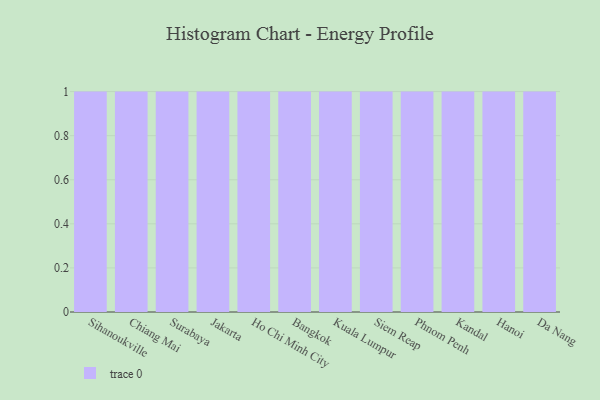
{"axis": {"x": "City", "y": "Customer Acquisition Cost (USD)"}, "legend": [""], "data": [{"x": "Sihanoukville", "y": 66, "type": ""}, {"x": "Chiang Mai", "y": 59, "type": ""}, {"x": "Surabaya", "y": 14, "type": ""}, {"x": "Jakarta", "y": 36, "type": ""}, {"x": "Ho Chi Minh City", "y": 89, "type": ""}, {"x": "Bangkok", "y": 3, "type": ""}, {"x": "Kuala Lumpur", "y": 55, "type": ""}, {"x": "Siem Reap", "y": 75, "type": ""}, {"x": "Phnom Penh", "y": 35, "type": ""}, {"x": "Kandal", "y": 73, "type": ""}, {"x": "Hanoi", "y": 61, "type": ""}, {"x": "Da Nang", "y": 56, "type": ""}]}